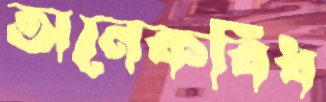
অনেকবিধ